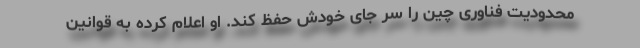
محدودیت فناوری چین را سر جای خودش حفظ کند. او اعلام کرده به قوانین